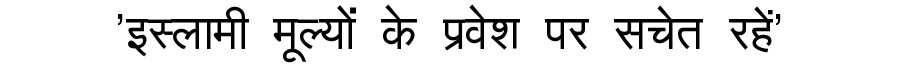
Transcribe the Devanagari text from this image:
'इस्लामी मूल्यों के प्रवेश पर सचेत रहें'